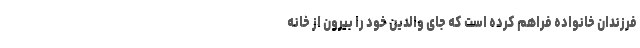
فرزندان خانواده فراهم کرده است که جای والدین خود را بیرون از خانه